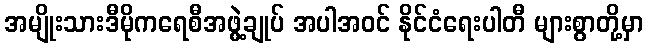
အမျိုးသားဒီမိုကရေစီအဖွဲ့ချုပ် အပါအဝင် နိုင်ငံရေးပါတီ များစွာတို့မှာ